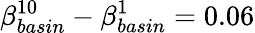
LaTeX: \beta_{basin}^{10}-\beta_{basin}^{1}=0.06